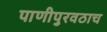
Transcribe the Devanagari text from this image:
पाणीपुरवठाच